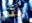
زلتم